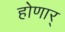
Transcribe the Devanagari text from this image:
होणार्